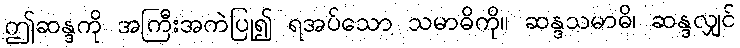
ဤဆန္ဒကို အကြီးအကဲပြု၍ ရအပ်သော သမာဓိကို။ ဆန္ဒသမာဓိ၊ ဆန္ဒလျှင်